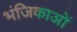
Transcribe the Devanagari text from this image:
भंजिकाओं